Civil Veterinary Dept. North-West Frontier Province 1923-32 - 1923-1932
Year: 1923
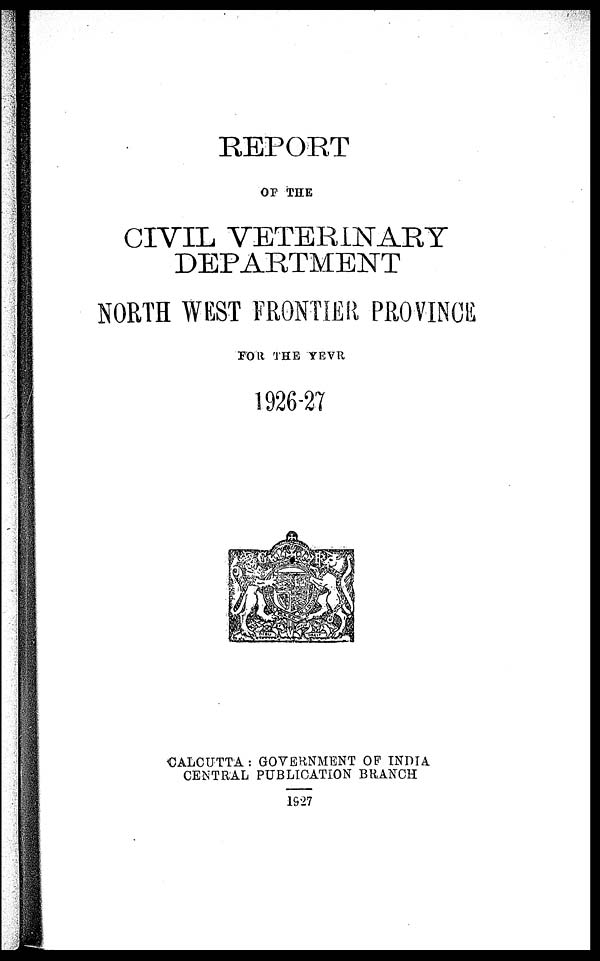
REPORT
OF THE
CIVIL VETERINARY
DEPARTMENT
NORTH WEST FRONTIER PROVINCE
FOR THE YEAR
1926-27
CALCUTTA: GOVERNMENT OF INDIA
CENTRAL PUBLICATION BRANCH
1927